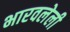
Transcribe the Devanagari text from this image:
भारवलेली